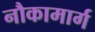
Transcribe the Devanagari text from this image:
नौकामार्ग